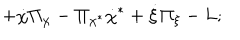
LaTeX: + \dot { \chi } \Pi _ { \chi } - \Pi _ { \chi ^ { * } } \dot { \chi } ^ { * } + \dot { \xi } \Pi _ { \xi } - L ;